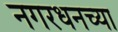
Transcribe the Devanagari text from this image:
नगरधनच्या